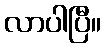
လာပါပြီ။